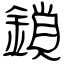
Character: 鎖